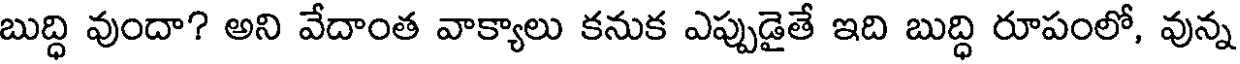
బుద్ధి వుందా? అని వేదాంత వాక్యాలు కనుక ఎప్పుడైతే ఇది బుద్ధి రూపంలో, వున్న